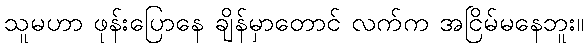
သူမဟာ ဖုန်းပြောနေ ချိန်မှာတောင် လက်က အငြိမ်မနေဘူး။